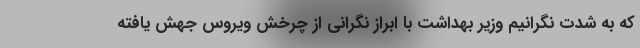
که به شدت نگرانیم وزیر بهداشت با ابراز نگرانی از چرخش ویروس جهش یافته